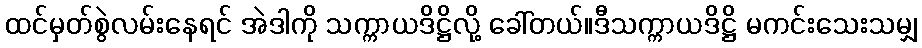
ထင်မှတ်စွဲလမ်းနေရင် အဲဒါကို သက္ကာယဒိဋ္ဌိလို့ ခေါ်တယ်။ဒီသက္ကာယဒိဋ္ဌိ မကင်းသေးသမျှ